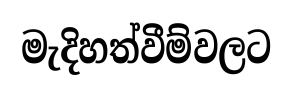
මැදිහත්වීම්වලට